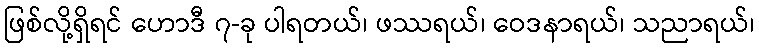
ဖြစ်လို့ရှိရင် ဟောဒီ ၇-ခု ပါရတယ်၊ ဖဿရယ်၊ ဝေဒနာရယ်၊ သညာရယ်၊